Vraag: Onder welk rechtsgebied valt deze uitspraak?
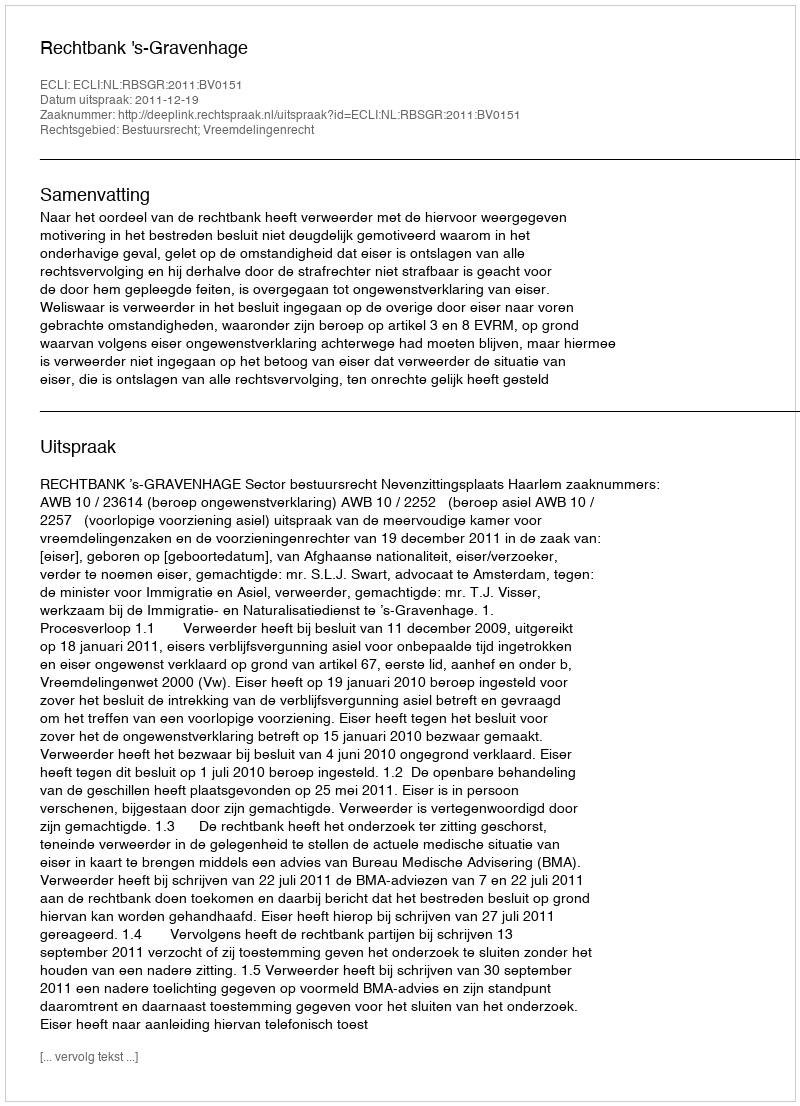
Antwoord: Bestuursrecht; Vreemdelingenrecht